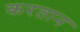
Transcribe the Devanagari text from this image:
करतान